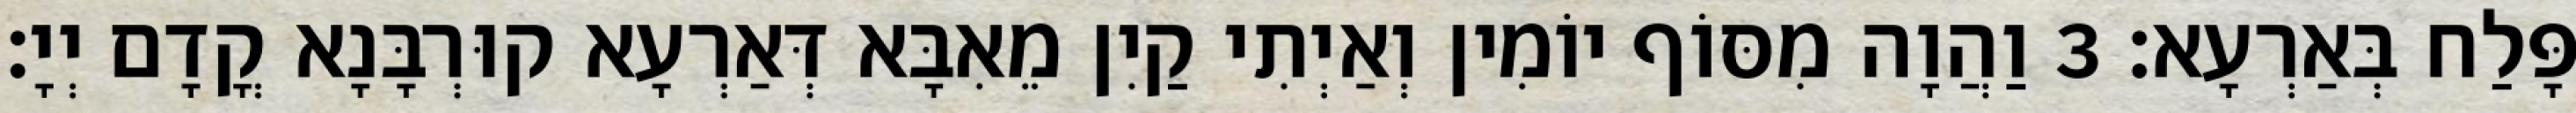
פָּלַח בְּאַרְעָא׃ 3 וַהֲוָה מִסּוֹף יוֹמִין וְאַיְתִי קַיִן מֵאִבָּא דְּאַרְעָא קוּרְבָּנָא קֳדָם יְיָ׃